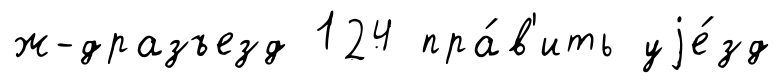
ж-дразъезд 124 пра́в'ить уjе́зд